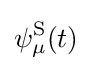
\psi _{\mu }^{\text{S}}(t)